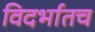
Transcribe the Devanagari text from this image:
विदर्भातच